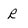
Character: R